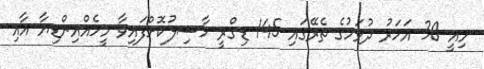
މިއީ 30 އަހަރު ދުވަހުގެ ތެރޭގައި 145 ޑިގްރީ ހާސިލުކޮށްފައިވާ މީހެއްއިންޑިޔާ އާއި